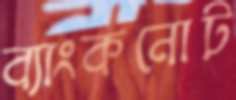
ব্যাংকনোট